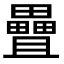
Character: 𪽤